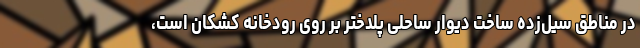
در مناطق سیل‌زده ساخت دیوار ساحلی پلدختر بر روی رودخانه کشکان است،